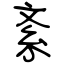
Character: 紊